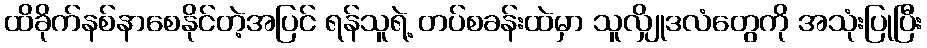
ထိခိုက်နစ်နာစေနိုင်တဲ့အပြင် ရန်သူရဲ့ တပ်စခန်းထဲမှာ သူလျှိုဒလံတွေကို အသုံးပြုပြီး